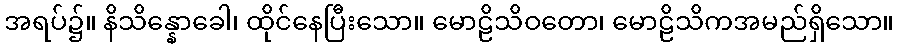
အရပ်၌။ နိသိန္နောခေါ၊ ထိုင်နေပြီးသော။ မောဠိသိဝတော၊ မောဠိသိကအမည်ရှိသော။